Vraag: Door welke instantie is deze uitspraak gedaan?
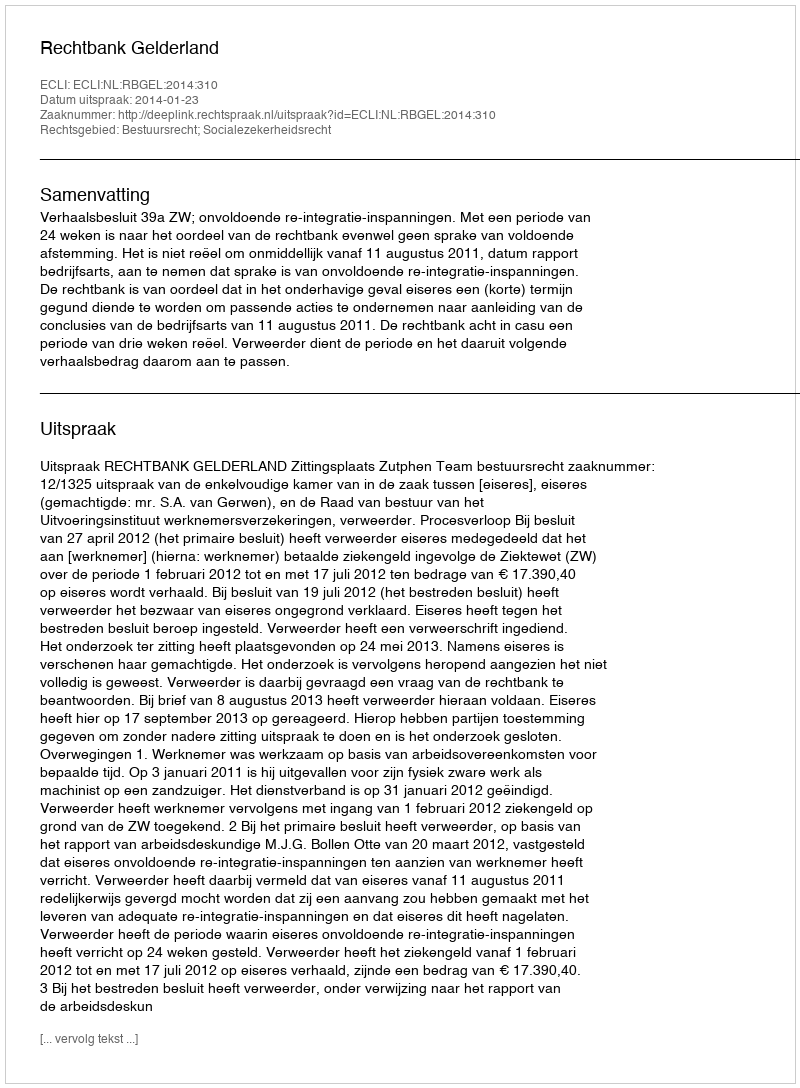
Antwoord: Rechtbank Gelderland